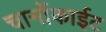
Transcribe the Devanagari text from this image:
चार्नोकाईट